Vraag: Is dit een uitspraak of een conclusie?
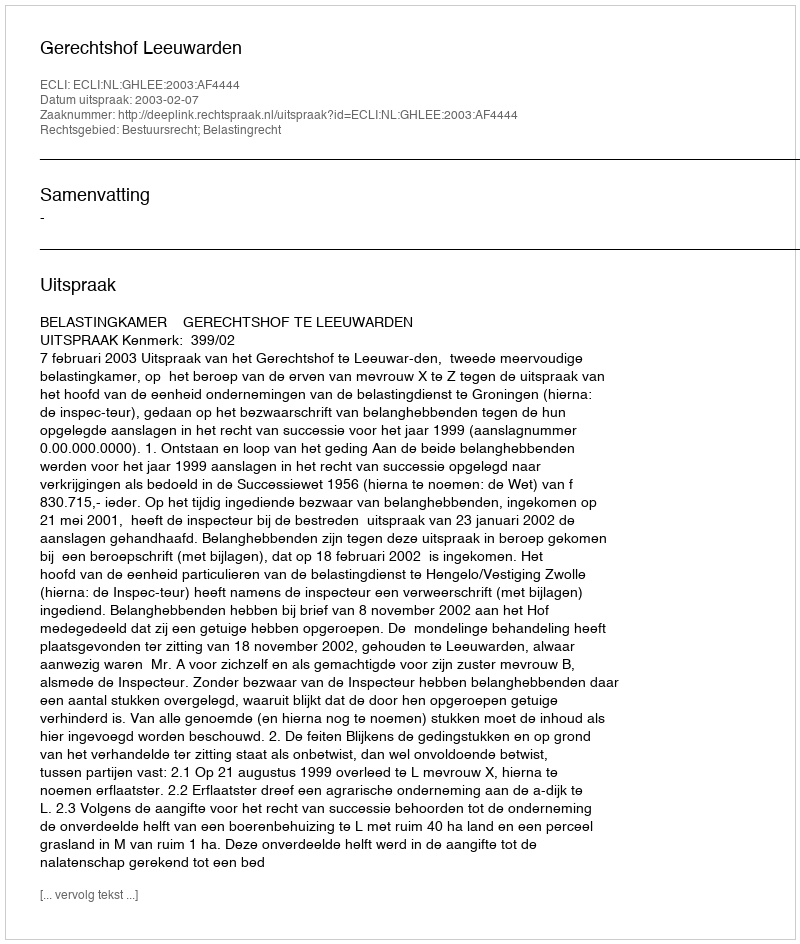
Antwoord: Uitspraak